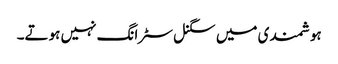
ہوشمندی میں سگنل سٹرانگ نہیں ہوتے۔